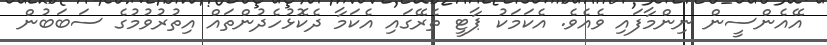
އޭއެންސީން ނިންމާފައި ވެއެވެ. އެކަމަކު ޕާޓީ ތެރޭގައި އެކަމާ ދެކޮޅުހެދުންތައް އިތުރުވުމުގެ ސަބަބުން